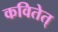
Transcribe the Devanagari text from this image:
कवितेत्